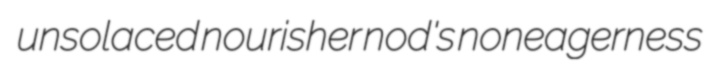
unsolaced nourisher nod's noneagerness